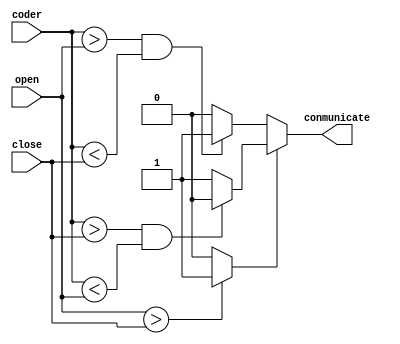
module compare_new(open,close,coder,conmunicate);
	input [10:0] coder,open,close;
	reg model;
	output reg conmunicate;
	always@(open or close)
	begin
		if(open>close) model<=1;
		else model<=0; 
	end
	always@(coder[0])
	begin
		if(model)
			begin
			if(coder>close & coder<open) conmunicate<=0;
			else conmunicate<=1;
			end
		else
			begin
				if(coder>open & coder<close) conmunicate<=1;
				else conmunicate<=0;
			end
		
	end
endmodule